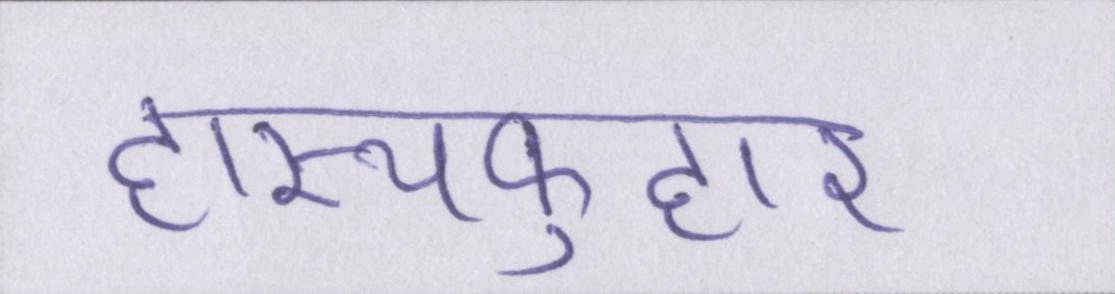
हास्यफुहार